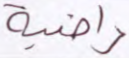
راضية